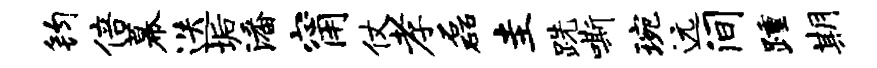
钧倍幕迭垢潘甯仗孝磊圭跣嘶琬远间踵期